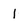
Character: l